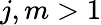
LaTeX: j,m>1